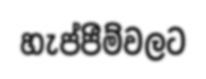
හැප්පීම්වලට